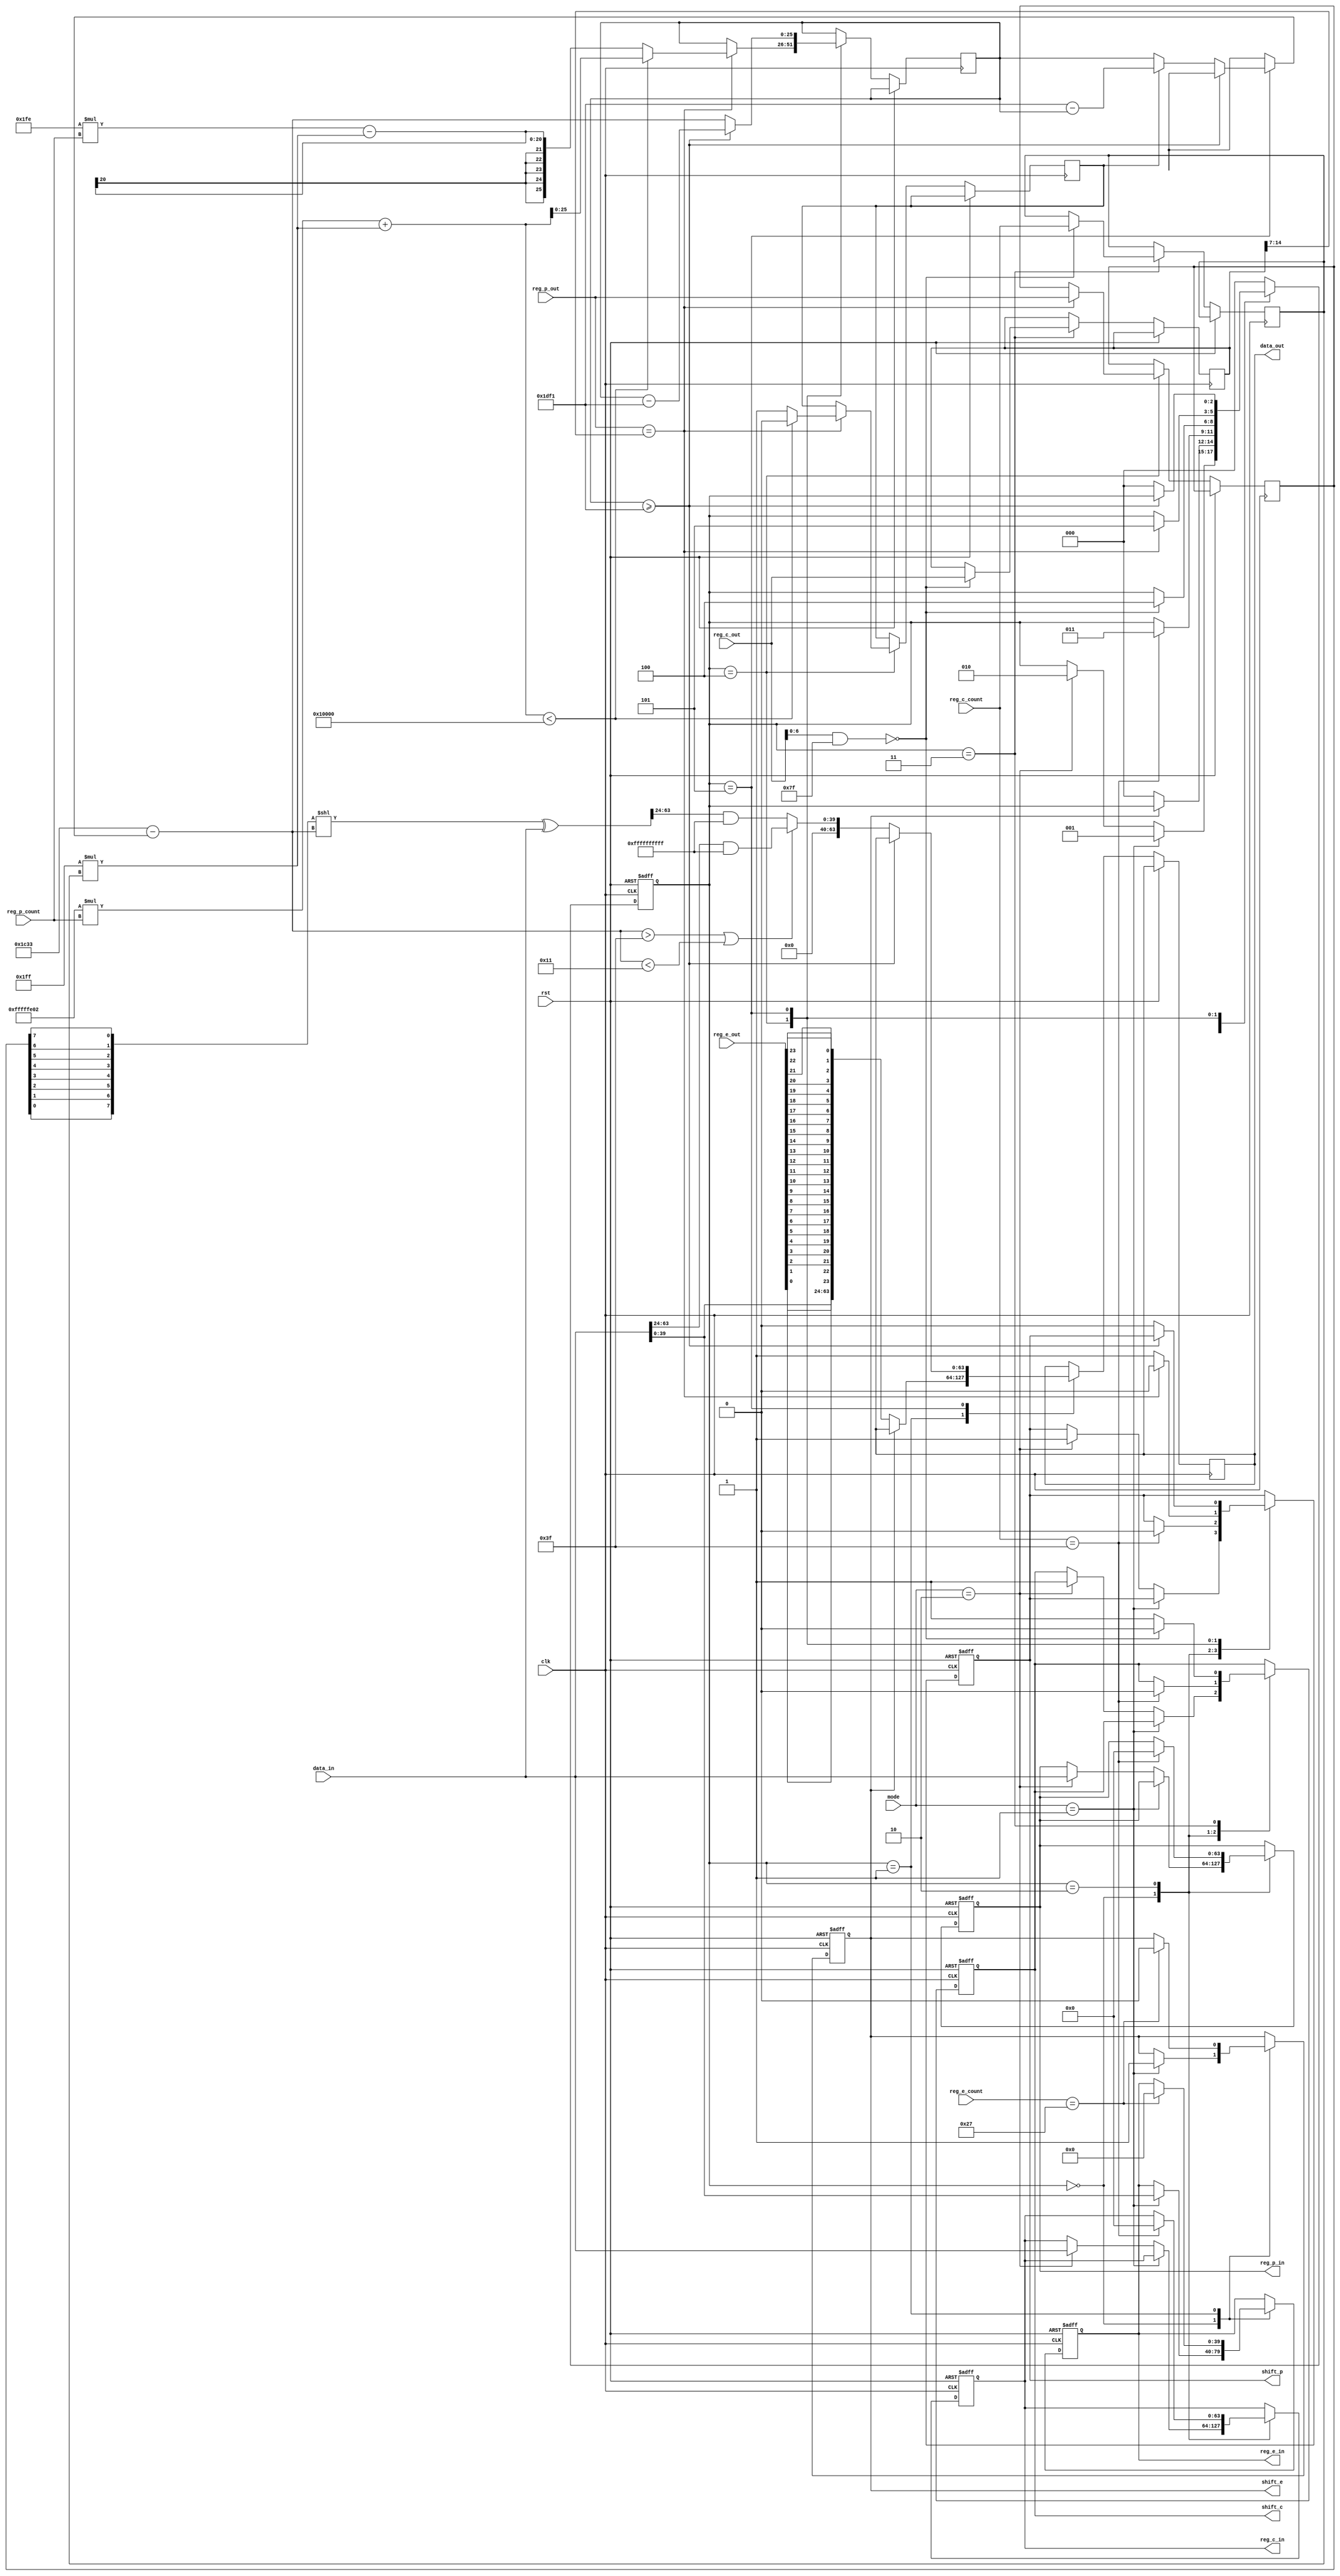
module controler #(
    parameter N = 64,
    parameter K = 40
)(
    input clk,
    input rst,
    input [N-1:0] data_in,
    input [2:0]  mode,

    input [23:0] reg_e_out,
    input [14:0] reg_c_out,
    input [8:0]  reg_p_out,

    input [5:0] reg_e_count,
    input [7:0] reg_c_count,
    input [10:0] reg_p_count,

    output reg [K-1:0] reg_e_in,
    output reg [N-1:0] reg_c_in,
    output reg [N-1:0]  reg_p_in,

    output reg shift_e,
    output reg shift_c,
    output reg shift_p,
    output reg [N-1:0] data_out
);

    reg [2:0] state;
    reg [25:0] i;
    reg [14:0] reg_c_out_temp;
    reg [7:0] reg_c_count_temp;
    reg [8:0] reg_p_out_temp;
    reg [10:0] reg_p_count_temp;
    reg is_negative;

    // initial begin
    //     $monitor("[%4t] | reg_c_out: %b | reg_c_count: %d | reg_p_out: %b | reg_p_count: %d", $time, reg_c_out, reg_c_count, reg_p_out, reg_p_count);
    //     $monitor("[%4t] | reg_c_out_temp: %b | reg_c_count_temp: %d | reg_p_out_temp: %b | reg_p_count_temp: %d", $time, reg_c_out_temp, reg_c_count_temp, reg_p_out_temp, reg_p_count_temp);
    //     $monitor("[%4t] | i: %d", $time, i);
    // end

    localparam IDLE = 3'b000;
    localparam ENCODE = 3'b001;
    localparam DECODE = 3'b010;
    localparam DECODE_SHIFT_C = 3'b011;
    localparam DECODE_SHIFT_P = 3'b100;
    localparam DECODE_MODULO = 3'b101;

    always @(posedge clk or posedge rst) begin
        if (rst) begin
            state <= IDLE;
            reg_e_in <= 0;
            reg_c_in <= 0;
            reg_p_in <= 0;
            shift_e <= 0;
            shift_c <= 0;
            shift_p <= 0;
        end else begin
            case (state)
                IDLE: begin
                    if (mode == ENCODE) begin
                        state <= ENCODE;
                        reg_e_in <= data_in;
                        shift_e <= 1;
                    end else if (mode == DECODE) begin
                        state <= DECODE;
                        reg_c_in <= data_in;
                        shift_c <= 1;
                        reg_p_in <= data_in;
                        shift_p <= 1;
                    end
                end

                ENCODE: begin
                    if (reg_e_count == K-1) begin
                        reg_e_in <= 0;
                        shift_e <= 0;
                    end
                    if(shift_e == 0) begin
                        $display("[%4t] | ENCODE FINISHED | reg_e_out: %24b | shift_e: %0b | reg_e_count: %2d", $time, reg_e_out, shift_e, reg_e_count);
                        data_out <= {data_in, reg_e_out[0], reg_e_out[1], reg_e_out[2], reg_e_out[3], reg_e_out[4], reg_e_out[5], reg_e_out[6], reg_e_out[7], reg_e_out[8], reg_e_out[9], reg_e_out[10], reg_e_out[11], reg_e_out[12], reg_e_out[13], reg_e_out[14], reg_e_out[15], reg_e_out[16], reg_e_out[17], reg_e_out[18], reg_e_out[19], reg_e_out[20], reg_e_out[21], reg_e_out[22], reg_e_out[23]};
                        state <= IDLE;
                    end
                end

                DECODE: begin
                    if (reg_c_count == N-1) begin
                        reg_c_in <= 0;
                        reg_p_in <= 0;
                        shift_p <= 0;
                        shift_c <= 0;
                        $display("[%4t] | DECODE_1 FINISHED", $time);
                        state <= DECODE_SHIFT_C;
                    end
                end

                DECODE_SHIFT_C: begin
                    if ((reg_c_out[6:0] & 7'b1111111) == 7'b0000000) begin
                        shift_c <= 0;
                        reg_c_out_temp <= reg_c_out; 
                        reg_c_count_temp <= reg_c_count; 
                        $display("[%4t] | DECODE_2 FINISHED", $time);
                        state <= DECODE_SHIFT_P;
                    end else begin
                        shift_c <= 1;
                    end
                end

                DECODE_SHIFT_P: begin
                    if (reg_p_out == {1'b0, reg_c_out_temp[14:7]}) begin
                        $display("[%4t] | DECODE_3 FINISHED", $time);
                        reg_p_out_temp <= reg_p_out; 
                        reg_p_count_temp <= reg_p_count; 
                        shift_p <= 0;
                        if((-510*(reg_p_count) + 511*(reg_c_count_temp))<65536) begin
                            i <= (-510*(reg_p_count) + 511*(reg_c_count_temp));
                            $display("[%4t] | DIVIDENT POSITIVE", $time);
                            is_negative <= 0;
                        end else begin
                            i <= (510*(reg_p_count) - 511*(reg_c_count_temp));
                            $display("[%4t] | DIVIDENT NEGATIVE", $time);
                            is_negative <= 1;
                        end
                        state <= DECODE_MODULO;
                    end else begin
                        shift_p <= 1;
                    end
                end

                DECODE_MODULO: begin
                    if(i>=7665) begin
                        i <= i-7665;
                    end else begin
                        if(is_negative) begin
                            i = 7665-i;
                        end
                        i = 7219 - i;
                        if (i>63 || i<17) begin
                            data_out = (data_in>>24)&40'b1111111111111111111111111111111111111111;
                        end else begin
                            data_out = ((({reg_p_out_temp[0], reg_p_out_temp[1], reg_p_out_temp[2], reg_p_out_temp[3], reg_p_out_temp[4], reg_p_out_temp[5], reg_p_out_temp[6], reg_p_out_temp[7]} << i)^data_in)>>24)&40'b1111111111111111111111111111111111111111;
                        end
                        
                        $display("[%4t] | rc = %d | rp = %d | i = %d | pattern: %b", $time, reg_c_count_temp, reg_p_count_temp, i, {reg_p_out_temp[0], reg_p_out_temp[1], reg_p_out_temp[2], reg_p_out_temp[3], reg_p_out_temp[4], reg_p_out_temp[5], reg_p_out_temp[6], reg_p_out_temp[7]});
                        $display("[%4t] | DECODE_4 FINISHED | data_out: %40b", $time, data_out);

                        shift_p <= 0;
                        state <= IDLE;
                    end
                end

                default: state <= IDLE;
            endcase
        end
    end
endmodule